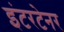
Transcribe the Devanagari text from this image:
इंटरटेनर